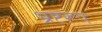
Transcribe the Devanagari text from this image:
भ्रष्टरूप